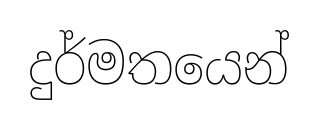
දුර්මතයෙන්